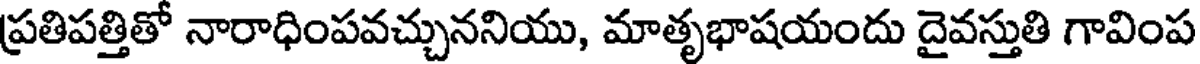
ప్రతిపత్తితో నారాధింపవచ్చుననియు, మాతృభాషయందు దైవస్తుతి గావింప